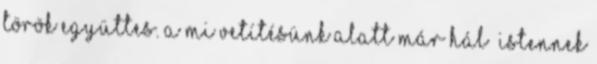
török együttes. A mi vetítésünk alatt már hál’ Istennek